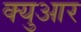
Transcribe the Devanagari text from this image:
क्युआर